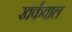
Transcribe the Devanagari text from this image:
खर्कवाल